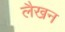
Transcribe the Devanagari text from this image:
लैखन